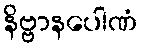
နိဗ္ဗာနပေါဏံ